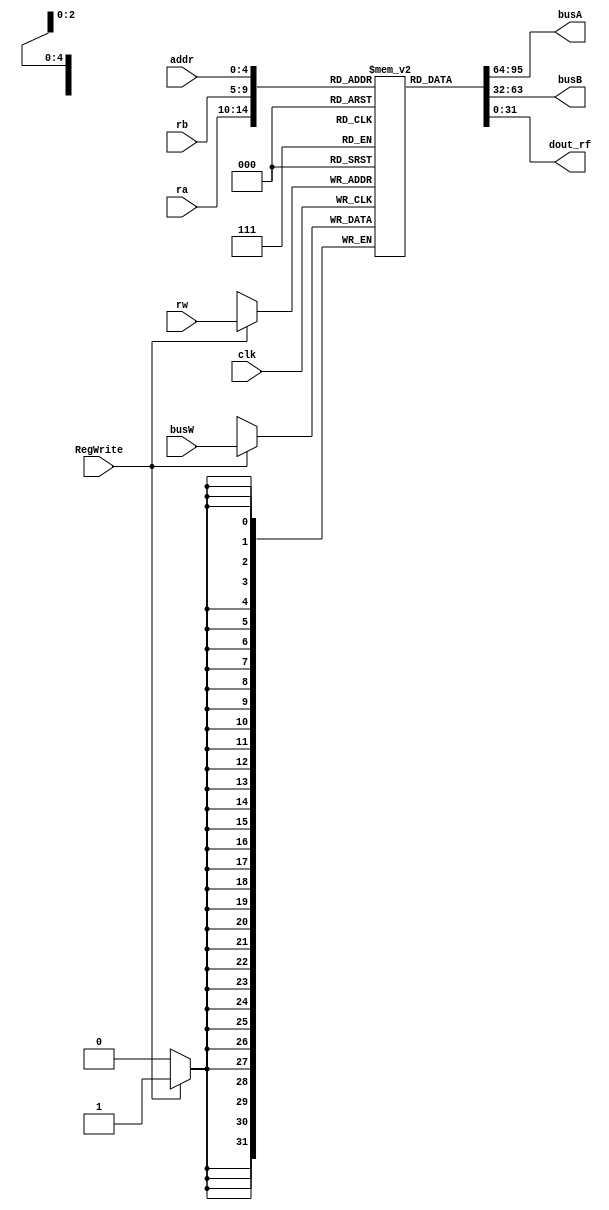
`timescale 1ns / 1ps
//////////////////////////////////////////////////////////////////////////////////
// Company: 
// Engineer: 
// 
// Design Name: 
// Module Name: Registers
// Project Name: 
// Target Devices: 
// Tool Versions: 
// Description: 
// 
// Dependencies: 
// 
// Revision:
// Revision 0.01 - File Created
// Additional Comments:
// 
//////////////////////////////////////////////////////////////////////////////////


module Registers(
    input clk,
    input [4: 0] ra,
    input [4: 0] rb,
    input [4: 0] addr,    //SDU
    input [4: 0] rw,
    input [31: 0] busW,
    input RegWrite,
    output [31: 0] busA,
    output [31: 0] busB,
    output [31: 0] dout_rf
    );
    reg [31:0]  rf [0: 31]; 	   //
    assign busA = rf[ra]; 	       //
    assign busB = rf[rb];
    assign dout_rf = rf[addr];

    always @(posedge  clk)
        if (RegWrite)  rf[rw]  <=  busW;   //

    integer  i;
    initial begin
        for (i = 0; i < 32; i = i + 1)begin
            rf[i] = 0;
        end
    end

endmodule